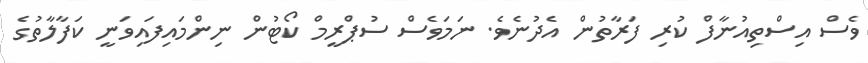
ވެސް އިސްތިއުނާފް ކުރި ފަރާތުން އެދުނެވެ. ނަމަވެސް ސުޕްރީމް ކޯޓުން ނިންމައިފައިވަނީ ކަފާލާތުގެ